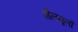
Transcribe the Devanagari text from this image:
शैलमूलों